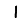
Digit: 1